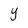
Character: y